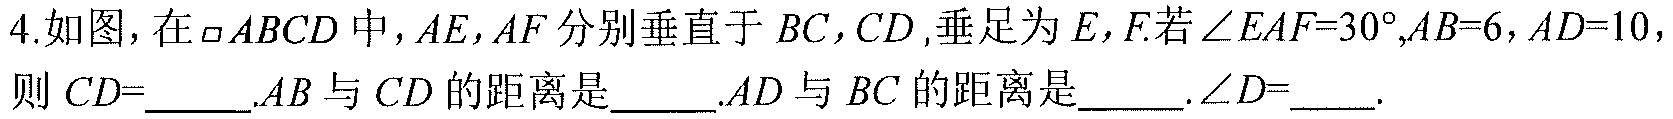
4.如图，在\(\square ABCD\)中，\(AE,AF\)分别垂直于\(BC,CD\)，垂足为\(E,F\).若\(\angle EAF = 30^{\circ},AB = 6,AD = 10\)，则\(CD =\underline{\quad\quad}\).\(AB\)与\(CD\)的距离是\(\underline{\quad\quad}\).\(AD\)与\(BC\)的距离是\(\underline{\quad\quad}\).\(\angle D=\underline{\quad}\).